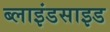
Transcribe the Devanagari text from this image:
ब्लाइंडसाइड